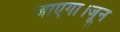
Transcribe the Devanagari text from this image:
जाएगा।जून